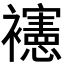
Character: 𰴉